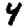
Digit: 4